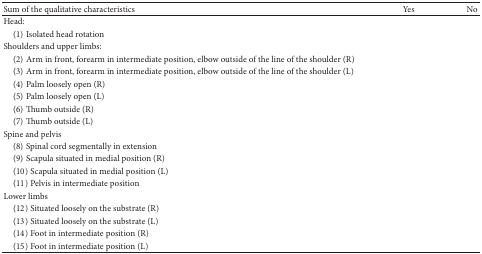
| Sum of the qualitative characteristics | Yes | No |
 | --- | --- | --- |
 | Head: |  |  |
 | (1) Isolated head rotation |  |  |
 | Shoulders and upper limbs: |  |  |
 | (2) Arm in front, forearm in intermediate position, elbow outside of the line of the shoulder (R) |  |  |
 | (3) Arm in front, forearm in intermediate position, elbow outside of the line of the shoulder (L) |  |  |
 | (4) Palm loosely open (R) |  |  |
 | (5) Palm loosely open (L) |  |  |
 | (6) Thumb outside (R) |  |  |
 | (7) Thumb outside (L) |  |  |
 | Spine and pelvis |  |  |
 | (8) Spinal cord segmentally in extension |  |  |
 | (9) Scapula situated in medial position (R) |  |  |
 | (10) Scapula situated in medial position (L) |  |  |
 | (11) Pelvis in intermediate position |  |  |
 | Lower limbs |  |  |
 | (12) Situated loosely on the substrate (R) |  |  |
 | (13) Situated loosely on the substrate (L) |  |  |
 | (14) Foot in intermediate position (R) |  |  |
 | (15) Foot in intermediate position (L) |  |  |